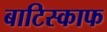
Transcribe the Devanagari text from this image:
बाटिस्काफ